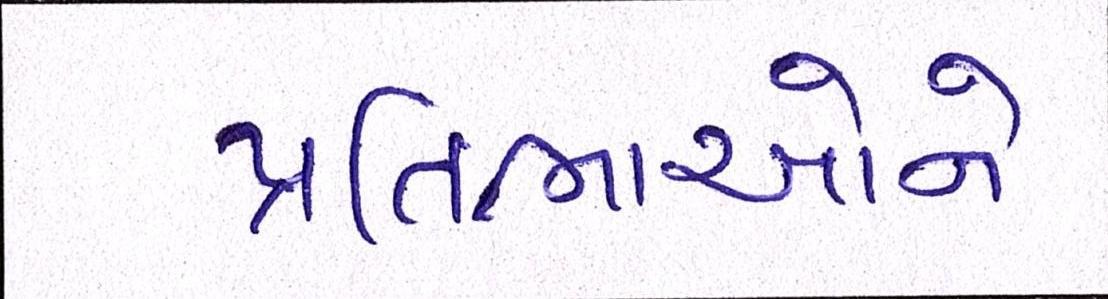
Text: પ્રતિભાઓને